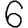
Digit: 6